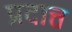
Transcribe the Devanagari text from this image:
प्रदात्त